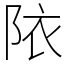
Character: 䧇